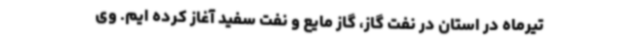
تیرماه در استان در نفت گاز، گاز مایع و نفت سفید آغاز کرده ایم. وی